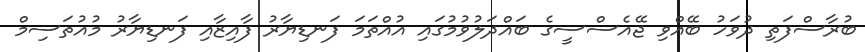
ބުރާސްފަތި ދުވަހު ބޭއްވި ޖޭއެސްސީގެ ބައްދަލުވުމުގައި އުއްތަމަ ފަނޑިޔާރު ފާއިޒާއި ފަނޑިޔާރު މުއުތަސިމް